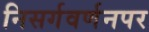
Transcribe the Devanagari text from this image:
निसर्गवर्णनपर